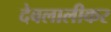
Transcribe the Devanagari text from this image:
देवलालीकर